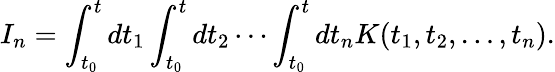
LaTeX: I_{n}=\int_{t_{0}}^{t}dt_{1}\int_{t_{0}}^{t}dt_{2}\cdots\int_{t_{0}}^{t}dt_{n}K(t_{1},t_{2},\dots,t_{n}).